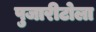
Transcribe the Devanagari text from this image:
पुजारीटोला